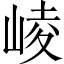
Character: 崚